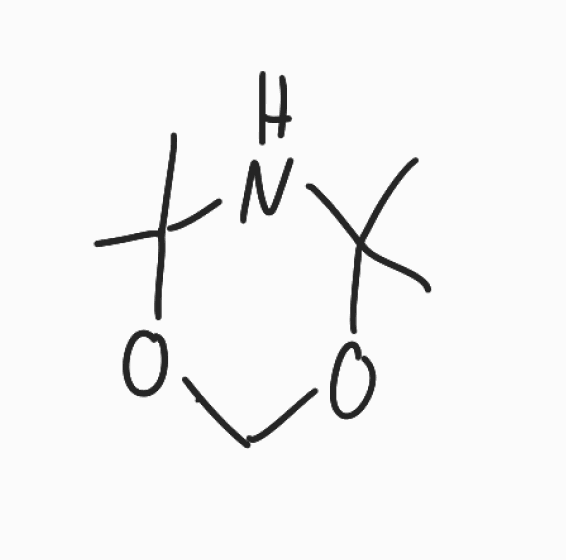
Simplified molecular-input line-entry system (SMILES) notation of the given molecule:
CC1(NC(OCO1)(C)C)C